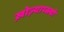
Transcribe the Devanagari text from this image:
ख़ोज़्याय्स्त्वो